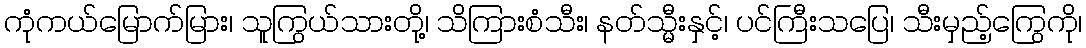
ကုံကယ်မြောက်မြား၊ သူကြွယ်သားတို့၊ သိကြားစံသီး၊ နတ်သ္မီးနှင့်၊ ပင်ကြီးသပြေ၊ သီးမှည့်ကြွေကို၊